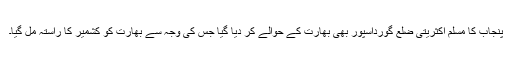
پنجاب کا مسلم اکثریتی ضلع گورداسپور بھی بھارت کے حوالے کر دیا گیا جس کی وجہ سے بھارت کو کشمیر کا راستہ مل گیا۔